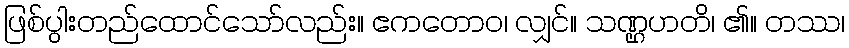
ဖြစ်ပွါးတည်ထောင်သော်လည်း။ ဧကတောဝ၊ လျှင်။ သဏ္ဌဟတိ၊ ၏။ တဿ၊